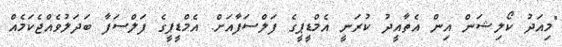
"މިއަދު ކޯލިޝަން އިން އެތާއީދު ކުރަނީ އެމްޑީޕީގެ ފަލްސަފާއަށް. އެމްޑީޕީގެ ފަލްސަފާ ބަދަލުވެއްޖެކަމެއް